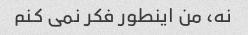
نه، من اینطور فکر نمی کنم